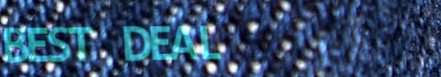
BEST DEAL